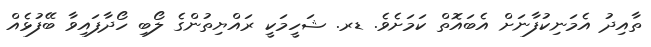
ތާއިދު އެމަނިކުފާނަށް އެބައޮތް ކަމަށެވެ. ޑރ. ޝަހީމަކީ ރައްޔިތުންގެ ލޯބި ހޯދާފައިވާ ބޭފުޅެއް